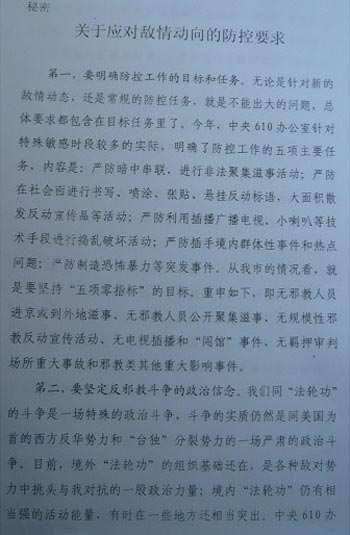
Language: zh